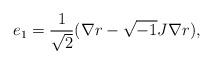
LaTeX: \begin{align*}e_{1} = \frac{1}{\sqrt{2}}(\nabla r - \sqrt{-1} J\nabla r),\end{align*}